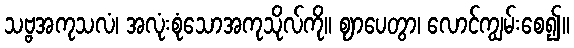
သဗ္ဗအကုသလံ၊ အလုံးစုံသောအကုသိုလ်ကို။ ဈာပေတွာ၊ လောင်ကျွမ်းစေ၍။